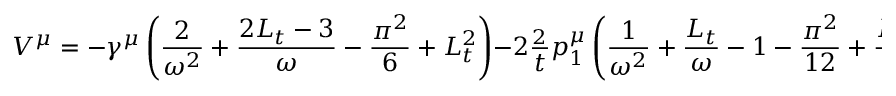
V ^ { \mu } = - \gamma ^ { \mu } \left( \frac { 2 } { \omega ^ { 2 } } + \frac { 2 L _ { t } - 3 } { \omega } - \frac { \pi ^ { 2 } } { 6 } + L _ { t } ^ { 2 } \right) - 2 \frac { \not { p } _ { 2 } } { t } p _ { 1 } ^ { \mu } \left( \frac { 1 } { \omega ^ { 2 } } + \frac { L _ { t } } { \omega } - 1 - \frac { \pi ^ { 2 } } { 1 2 } + \frac { L _ { t } ^ { 2 } } { 2 } \right) .